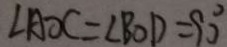
\angle A O C = \angle B O D = 9 0 ^ { \circ }